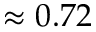
\approx 0 . 7 2